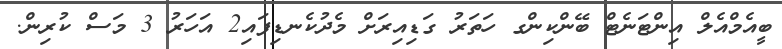
ބީއެމްއެލް އިންޓަނެޓް ބޭންކިންގ ހަތަރު ގަޑިއިރަށް މެދުކެނޑިފައި2 އަހަރު 3 މަސް ކުރިން.